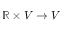
\mathbb { R } \times V \rightarrow V